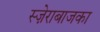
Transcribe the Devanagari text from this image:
स्ज़ेराबाजका